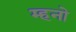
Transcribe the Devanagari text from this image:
म्हनो